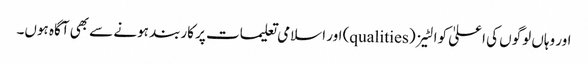
اور وہاں لوگوں کی اعلیٰ کوالٹیز (qualities) اور اسلامی تعلیمات پر کاربند ہونے سے بھی آگاہ ہوں۔